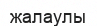
жалаулы